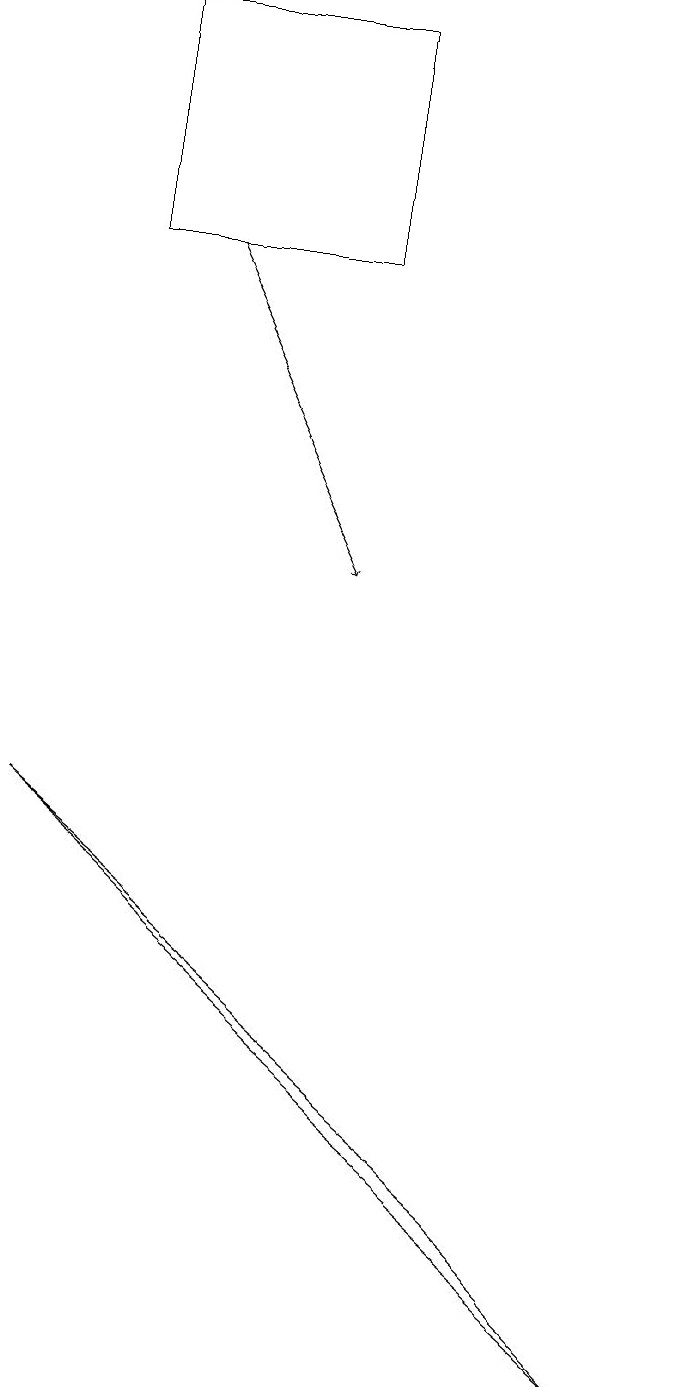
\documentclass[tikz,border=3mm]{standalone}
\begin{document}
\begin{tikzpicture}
\draw (4,17) rectangle (1,14);
\draw[->] (2,14) -- (4,10);
\draw (8,0) -- (6,2) -- (0,7) -- cycle;
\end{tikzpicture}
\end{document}